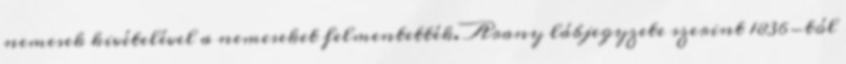
nemesek kivételével a nemeseket felmentették. Arany lábjegyzete szerint 1836-tól